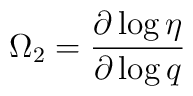
\Omega _2=\frac{\partial \log \eta}{\partial \log q}